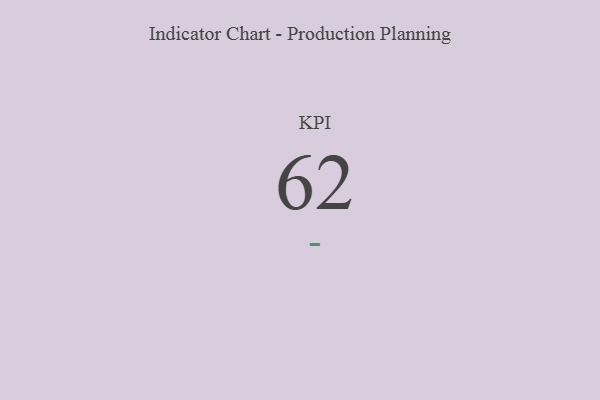
{"axis": {"x": "KPI", "y": "Value"}, "legend": [""], "data": [{"x": "KPI", "y": 62, "type": ""}]}